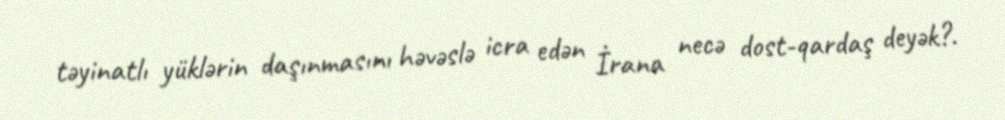
təyinatlı yüklərin daşınmasını həvəslə icra edən İrana necə dost-qardaş deyək?.